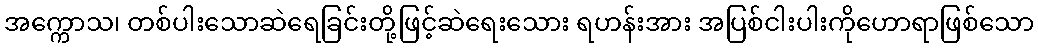
အက္ကောသ၊ တစ်ပါးသောဆဲရေခြင်းတို့ဖြင့်ဆဲရေးသေား ရဟန်းအား အပြစ်ငါးပါးကိုဟောရာဖြစ်သော